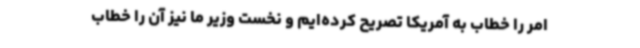
امر را خطاب به آمریکا تصریح کرده‌ایم و نخست وزیر ما نیز آن را خطاب